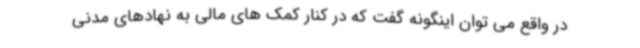
در واقع می توان اینگونه گفت که در کنار کمک های مالی به نهادهای مدنی